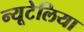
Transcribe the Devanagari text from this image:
न्यूटेलिया